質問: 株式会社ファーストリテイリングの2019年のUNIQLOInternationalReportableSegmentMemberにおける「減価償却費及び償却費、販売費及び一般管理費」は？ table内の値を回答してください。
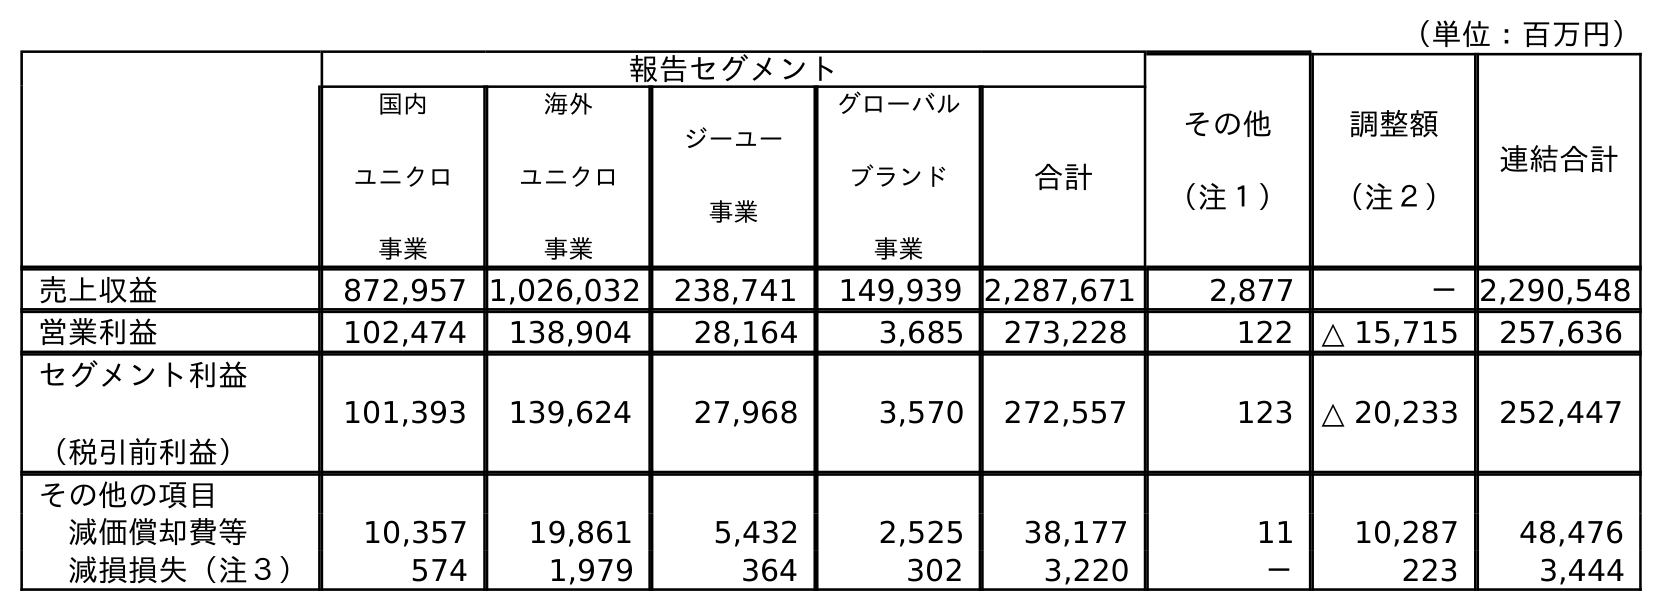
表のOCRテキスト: （単位：百万円） 報告セグメント その他 （注１） 調整額 （注２） 連結合計 国内 ユニクロ 事業 海外 ユニクロ 事業 ジーユー 事業 グローバル ブランド 事業 合計 売上収益 872,957 1,026,032 238,741 149,939 2,287,671 2,877 －2,290,548 営業利益 102,474 138,904 28,164 3,685 273,228 122 △ 15,715 257,636 セグメント利益 （税引前利益） 101,393 139,624 27,968 3,570 272,557 123 △ 20,233 252,447 その他の項目 減価償却費等 10,357 19,861 5,432 2,525 38,177 11 10,287 48,476 減損損失（注３） 574 1,979 364 302 3,220 － 223 3,444
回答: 19,861